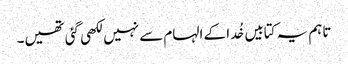
تاہم یہ کتابیں خُدا کے الہام سے نہیں لکھی گئی تھیں۔